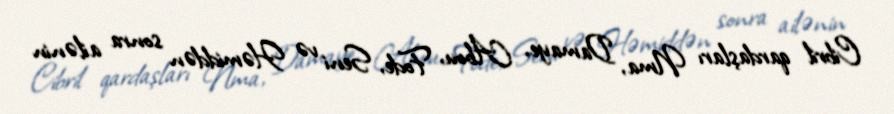
Cibril qardaşları Nma, Damaye, Abou, Fode, Seni və Həmiddən sonra ailənin